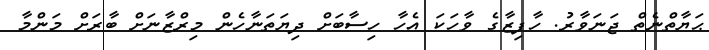
ޙަޔާތްނެތް ޖަނަވާރު. ހާފިޒާގެ ވާހަކަ އެހާ ހިސާބަށް ދިޔަތަނާހެން މިރްޒާނަށް ބާރަށް މަންމާ